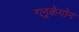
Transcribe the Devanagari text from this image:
ग्लूकॅगॉन